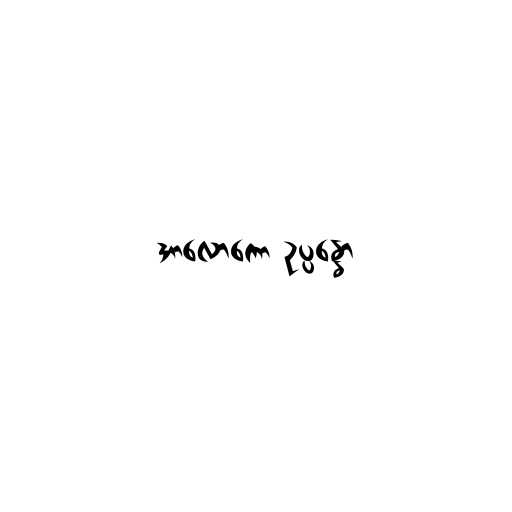
အာလောကော ဥပ္ပန္နော